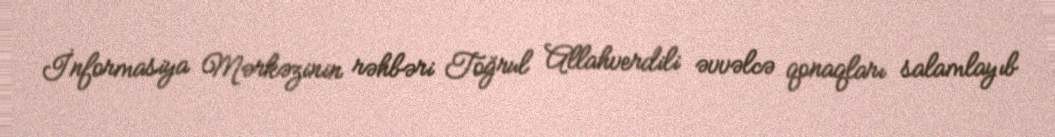
İnformasiya Mərkəzinin rəhbəri Toğrul Allahverdili əvvəlcə qonaqları salamlayıb